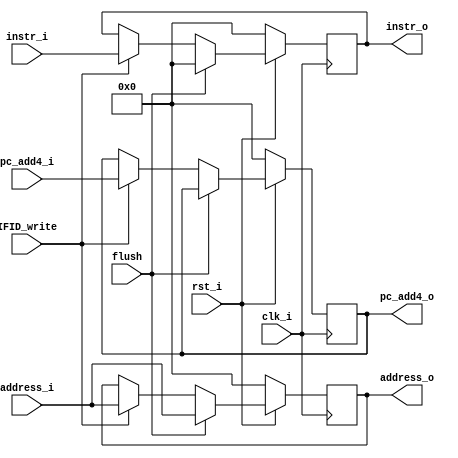
`timescale 1ns/1ps
module IFID_register (
    input clk_i,
    input rst_i,
    input flush,
    input IFID_write,
    input [31:0] address_i,
    input [31:0] instr_i,
    input [31:0] pc_add4_i,

    output reg [31:0] address_o,
    output reg [31:0] instr_o,
    output reg [31:0] pc_add4_o
);
/* Write your code HERE */
always @(posedge clk_i) begin
    if(~rst_i) begin
        address_o <= 0;
        instr_o <= 0;
        pc_add4_o <= 0;
    end else if (flush) begin
        address_o <= address_i;
        instr_o <= 0;
    end else if (IFID_write == 1'b1) begin
        address_o <= address_i;
        instr_o <= instr_i;
        pc_add4_o <= pc_add4_i;
    end
end

endmodule